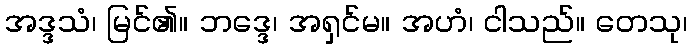
အဒ္ဒသံ၊ မြင်၏။ ဘဒ္ဒေ၊ အရှင်မ။ အဟံ၊ ငါသည်။ တေသု၊